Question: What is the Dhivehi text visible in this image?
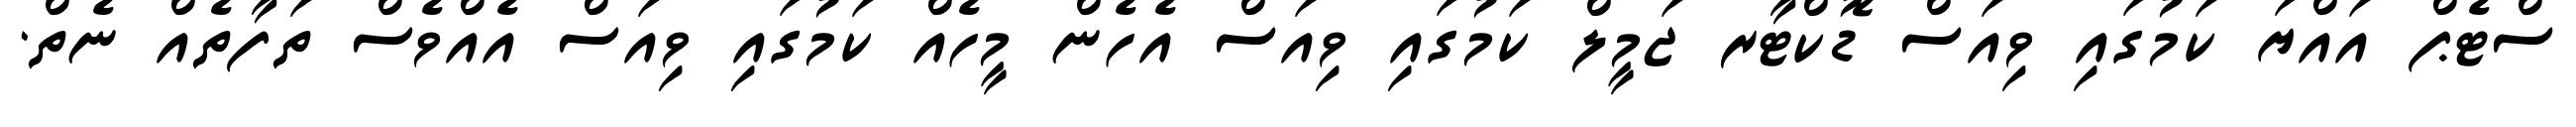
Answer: ސްޓެޕް އައްޔަ ކަމުގައި ވިއަސް ޑޮކްޓާރ ޖަމީލް ކަމުގައި ވިއަސް އެހެން މީހެއް ކަމުގައި ވިއަސް އެއްވެސް ތަފާތެއް ނެތް.